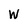
Character: W